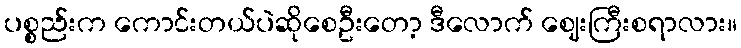
ပစ္စည်းက ကောင်းတယ်ပဲဆိုစေဦးတော့ ဒီလောက် ဈေးကြီးစရာလား။